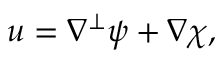
\boldsymbol { u } = \nabla ^ { \perp } \psi + \nabla \chi ,